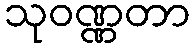
သုဝဏ္ဏတာ